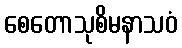
စေတောသုစိမနာသဝံ